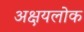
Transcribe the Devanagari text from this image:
अक्षयलोक